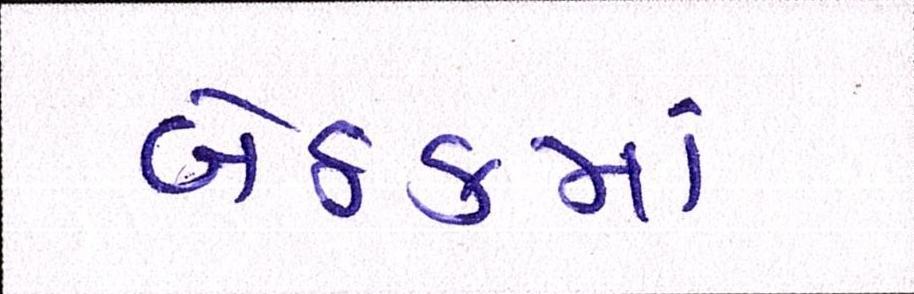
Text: બેઠકમાં